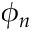
\phi _ { n }